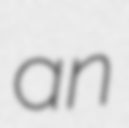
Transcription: an